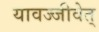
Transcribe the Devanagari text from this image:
यावज्जीवेत्‌